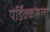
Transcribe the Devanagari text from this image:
पेर्डिक्कसला